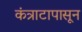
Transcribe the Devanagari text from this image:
कंत्राटापासून